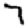
Digit: 7